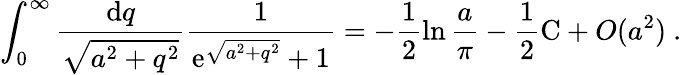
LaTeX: \int_{0}^{\infty}\frac{\mathrm{d}q}{\sqrt{a^{2}+q^{2}}}\frac{1}{\mathrm{e}^{\sqrt{a^{2}+q^{2}}}+1}=-\frac{1}{2}\ln\frac{a}{\pi}-\frac{1}{2}\mathrm{C}+O(a^{2})\ .